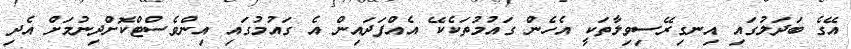
އޭގެ ބަދަލުގައި އިނގިރޭސިވިލާތަކީ އެހެން ގައުމުތަކެކޭ އެއްފަދައިން އެ ގައުމުގައި އިންވެސްޓްކޮށްދިނުމަށް އެދި